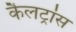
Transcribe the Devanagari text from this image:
कैलट्रांस